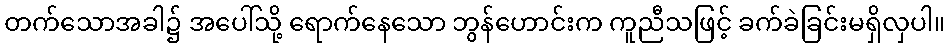
တက်သောအခါ၌ အပေါ်သို့ ရောက်နေသော ဘွန်ဟောင်းက ကူညီသဖြင့် ခက်ခဲခြင်းမရှိလှပါ။